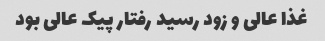
غذا عالی و زود رسید رفتار پیک عالی بود